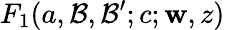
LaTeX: F_{1}(a,\mathcal{B},\mathcal{B}^{\prime};c;\mathbf{w},z)